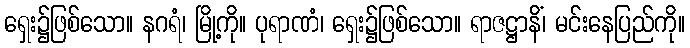
ရှေး၌ဖြစ်သော။ နဂရံ၊ မြို့ကို။ ပုရာဏံ၊ ရှေး၌ဖြစ်သော။ ရာဇဋ္ဌာနိံ၊ မင်းနေပြည်ကို။